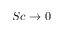
S c \rightarrow 0